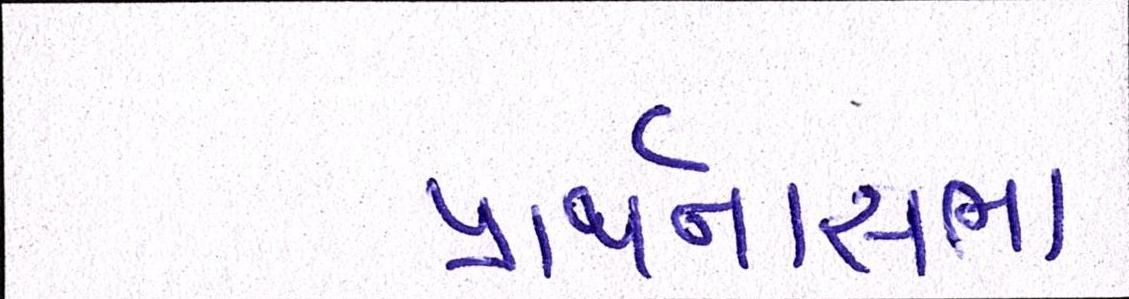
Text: પ્રાર્થનાસભા